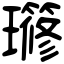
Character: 𤪱